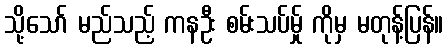
သို့သော် မည်သည့် ကနဦး စမ်းသပ်မ်ှု ကိုမှ မတုန့်ပြန်။